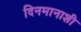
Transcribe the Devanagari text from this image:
दिनमानाशी